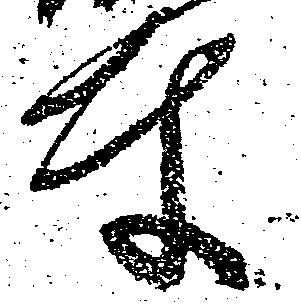
東